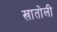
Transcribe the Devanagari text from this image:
खातोली